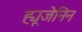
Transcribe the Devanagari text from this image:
ह्यूजेनिन